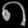
Digit: ၈